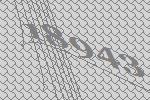
18943